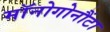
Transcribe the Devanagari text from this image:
मॉनोगोनौंटा